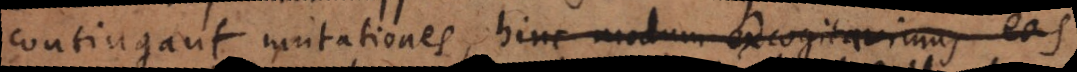
contingant mutationes, hinc modum excogitavimus eas